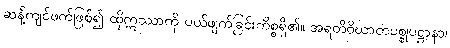
ဆန့်ကျင်ဖက်ဖြစ်၍ ထိုဣဿာကို ပယ်ဖျက်ခြင်းကိစ္စရှိ၏။ အရတိဝိဃာတပစ္စုပဋ္ဌာနာ၊